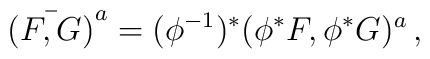
{\bar{(F,G)}}^a=(\phi^{-1})^*( \phi^*  F,\phi^* G)^a \,,